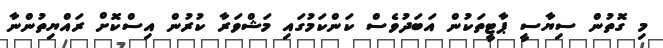
މި ގޮތުން ސިޔާސީ ޕާޓީތަކުން އަބަދުވެސް ކަންކަމުގައި މަޝްވަރާ ކުރުން އިސްކޮށް ރައްޔިތުންނާ